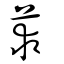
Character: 莍